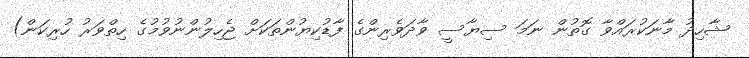
ޝާހިދު މާނަކުރައްވާ ގޮތުން ނަމަ ސިޔާސީ ވާދަވެރިންގެ ފާޑުކިޔުންތަކަށް ޖެހިލުންނުވުމުގެ ހިތްވަރު ހުރިކަން)